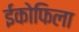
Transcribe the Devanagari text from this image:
ईकोफिला